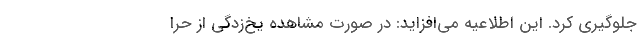
جلوگیری کرد. این اطلاعیه می‌افزاید: در صورت مشاهده یخ‌زدگی از حرا